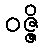
ဝဇ္ဇိ